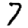
Digit: 7